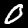
Label: 0